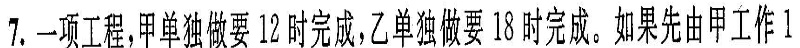
7.一项工程，单独做要1l时完成，乙单独做要18时完成。如果先由甲工作1